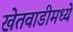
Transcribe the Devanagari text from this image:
खेतवाडीमध्ये